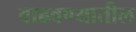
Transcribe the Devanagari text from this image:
वाढवण्यातील